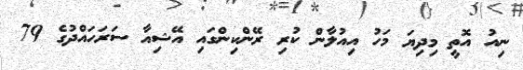
ނިއު އޮތީ މިދިޔަ މަހު އިއުލާން ކުރި ރޭންކިންގައި އޭޝިއާ ސަރަަހައްދުގެ 79